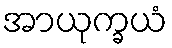
အာယုက္ခယံ